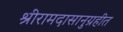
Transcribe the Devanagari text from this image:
श्रीरामदासानुग्रहीत